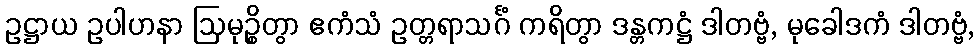
ဥဋ္ဌာယ ဥပါဟနာ ဩမုဉ္စိတွာ ဧကံသံ ဥတ္တရာသင်္ဂံ ကရိတွာ ဒန္တကဋ္ဌံ ဒါတဗ္ဗံ, မုခေါဒကံ ဒါတဗ္ဗံ,